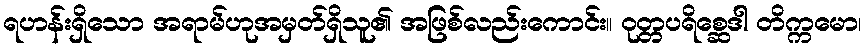
ရဟန်းရှိသော အရာမ်ဟုအမှတ်ရှိသူ၏ အဖြစ်လည်းကောင်း။ ဝုတ္တပရိစ္ဆေဒါ တိက္ကမော၊